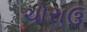
ચોરાઉ